Vital statistics of India. Vol. VI, European troops 1870-79
Year: 1870
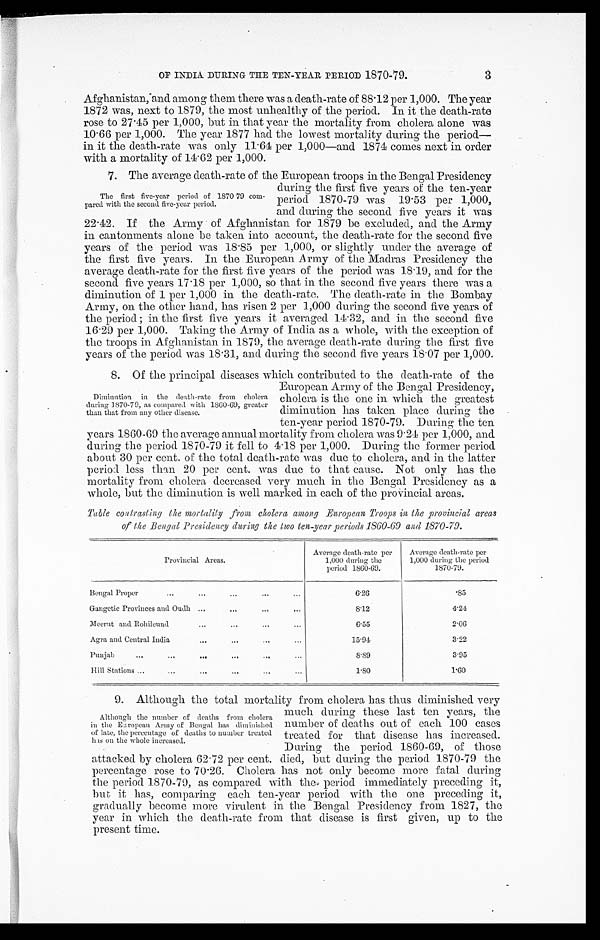
OF INDIA DURING THE TEN-YEAR PERIOD 1870-79.
3
Afghanistan, -and among them there was a death-rate of 88 . 12 per 1,000. The year
1872 was, next to 1879, the most unhealthy of the period. In it the death-rate
rose to 27 . 45 per 1,000, but in that year the mortality from cholera alone was
10 . 66 per 1,000. The year 1877 had the lowest mortality during the period—
in it the death-rate was only 11 . 64 per 1,000—and 1874 comes next in order
with a mortality of 14 . 62 per 1,000.
7. The average death-rate of the European troops in the Bengal Presidency
The first five-year period of 1870 79 com-
Pared with the second five-year period.
during the first five years of the ten-year
period 1870-79 was 19 . 53 per 1,000,
and during the second five years it was
22 . 42. If the Army of Afghanistan for 1879 be excluded, and the Army
in cantonments alone be taken into account, the death-rate for the second five
years of the period was 18 . 85 per 1,000, or slightly under the average of
the first five years. In the European Army of the Madras Presidency the
average death-rate for the first five years of the period was 18 . 19, and for the
second five years 17 . 18 per 1,000, so that in the second five years there was a
diminution of 1 per 1,000 in the death-rate. The death-rate in the Bombay
Army, on the other hand, has risen 2 per 1,000 during the second five years of
the period ; in the first five years it averaged 14 . 32, and in the second five
16 . 29 per 1,000. Taking the Army of India as a whole, with the exception of
the troops in Afghanistan in 1879, the average death-rate during the first five
years of the period was 18 . 31, and during the second five years 18 . 07 per 1,000.
8. Of the principal diseases which contributed to the death-rate of the
Dimination in the death-rate from cholera
during 1870-79, as compared with 1860-69, greater
than that from any other disease.
European Army of the Bengal Presidency,
cholera is the one in which the greatest
diminution has taken place during the
ten-year period 1870-79. During the ten
years 1860-69 the average annual mortality from cholera was 9.24 per 1,000, and
during the period 1870-79 it fell to 4 . 18 per 1,000. During the former period
about 30 per cent. of the total death-rate was due to cholera, and in the latter
period less than 20 per cent. was due to that cause. Not only has the
mortality from cholera decreased very much in the Bengal Presidency as a
whole, but the diminution is well marked in each of the provincial areas.
Table contrasting the mortality from cholera among European Troops in the provincial areas
of the Bengal Presidency during the two ten-year periods 1860-69 and 1870-79.
Provincial Areas.
Average death-rate per
1,000 during the
period 1860-69.
Average death-rate per
1,000 during the period
1870-79.
B engal Proper
...
...
...
. . . ...
6 . 2 6
.85
Gangetic Provinces and Oudh ...
...
. . . ...
8.12
4.24
Meerut and Rohilcund
...
...
...
...
6.55
2.06
Agra and Central India
. . . ... ...
...
15.94
3.22
Punjab
. . . ...
...
...
...
...
8.89
3.95
Hill Stations ...
...
...
...
...
...
1.80
1.60
9. Although the total mortality from cholera has thus diminished very
Although the number of deaths from cholera
in the Earopean Army of Bengal has diminished
of late, the percentage of deaths to number treated
has on the whole increased.
much during these last ten years, the
number of deaths out of each 100 cases
treated for that disease has increased.
During the period 1860-69, of those
attacked by cholera 62 . 72 per cent. died, but during the period 1870-79 the
percentage rose to 70 . 26. Cholera has not only become more fatal during
the period 1870-79, as compared with the period immediately preceding it,
but it has, comparing each ten-year period with the one preceding it,
gradually become more virulent in the Bengal Presidency from 1827, the
year in which the death-rate from that disease is first given, up to the
present time.